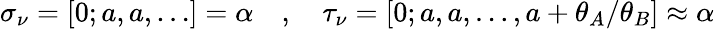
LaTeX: \sigma_{\nu}=[0;a,a,\ldots]=\alpha\quad,\quad\tau_{\nu}=[0;a,a,\ldots,a+\theta_{A}/\theta_{B}]\approx\alpha